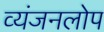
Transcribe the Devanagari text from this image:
व्यंजनलोप